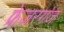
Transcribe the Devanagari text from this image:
फ्रेज़रगंज